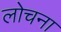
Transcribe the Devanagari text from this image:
लोचना